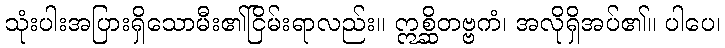
သုံးပါးအပြားရှိသောမီး၏ငြိမ်းရာလည်း။ ဣစ္ဆိတဗ္ဗကံ၊ အလိုရှိအပ်၏။ ပါပေ၊